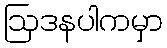
ဩဒနပါကမှာ